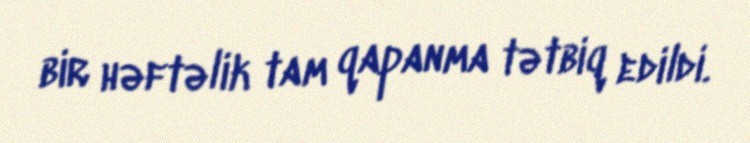
bir həftəlik tam qapanma tətbiq edildi.